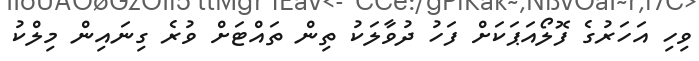
ވިހި އަހަރުގެ ފޮލޯއަޕަކަށް ފަހު ދުވާލަކު ތިން ތައްޓަށް ވުރެ ގިނައިން މިލްކު